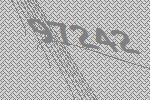
97242